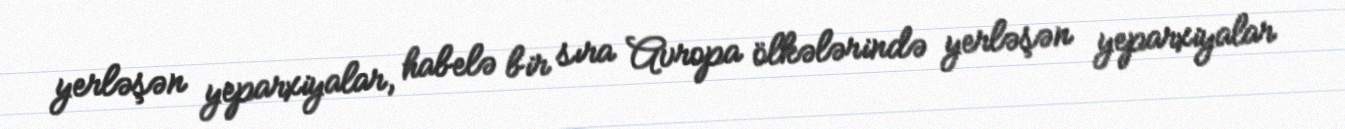
yerləşən yeparxiyalar, habelə bir sıra Avropa ölkələrində yerləşən yeparxiyalar